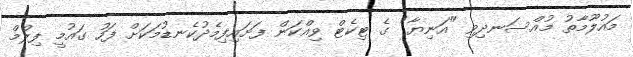
މައުލޫމާތު މުއްސަނދިވި "އަނިޔާ" ގެ ޓިކެޓް ވިއްކަން ފަށައިފިމެދުކެނޑުމަކަށް ފަހު ގައުމީ ފިލްމް